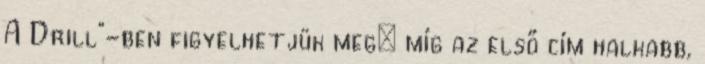
A Drill"-ben figyelhetjük meg: míg az első cím halkabb,